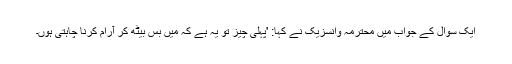
ایک سوال کے جواب میں محترمہ وانسزیک نے کہا: 'پہلی چیز تو یہ ہے کہ میں بس بیٹھ کر آرام کرنا چاہتی ہوں۔